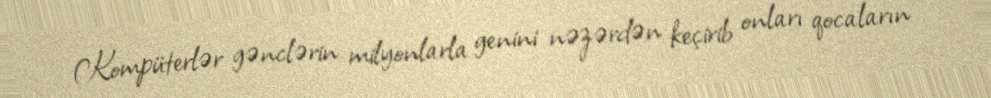
Kompüterlər gənclərin milyonlarla genini nəzərdən keçirib onları qocaların